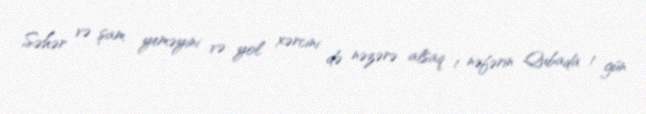
Səhər və şam yeməyini və yol xərcini də nəzərə alsaq 1 nəfərin Qubada 1 gün